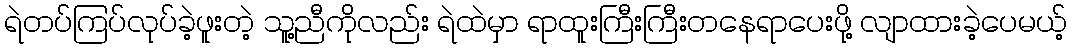
ရဲတပ်ကြပ်လုပ်ခဲ့ဖူးတဲ့ သူ့ညီကိုလည်း ရဲထဲမှာ ရာထူးကြီးကြီးတနေရာပေးဖို့ လျာထားခဲ့ပေမယ့်